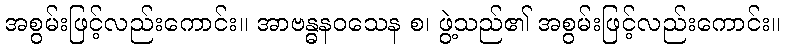
အစွမ်းဖြင့်လည်းကောင်း။ အာဗန္ဓနဝသေန စ၊ ဖွဲ့သည်၏ အစွမ်းဖြင့်လည်းကောင်း။